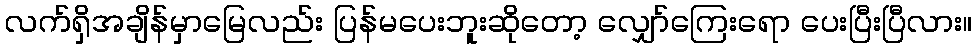
လက်ရှိအချိန်မှာမြေလည်း ပြန်မပေးဘူးဆိုတော့ လျှော်ကြေးရော ပေးပြီးပြီလား။